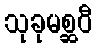
သုခုမစ္ဆဝီ